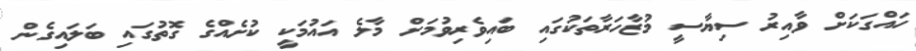
ހައްގަކަށް ވާއިރު ސިޔާސީ މުޒާހަރާތަކުގައި ބައިވެރިވުމަށް މާލެ އައުމަކީ ކުށެއްގެ ގޮތުގައި ބަލައިގެން